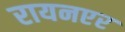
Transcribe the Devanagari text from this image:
रायनएर